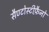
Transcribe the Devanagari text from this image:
सैण्टोस्टीफ़ैनो